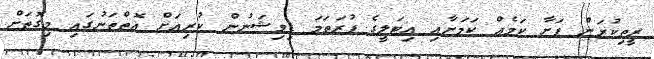
ރީތިކުރަން ފަށާ ކަމެއް ކަމަށާއި އިޓަލީގެ ފުރަތަމަ ޑިވިޝަނުން ކުރިއަށް އޮތްތަނުގައި މިގޮތަށް